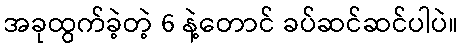
အခုထွက်ခဲ့တဲ့ 6 နဲ့တောင် ခပ်ဆင်ဆင်ပါပဲ။